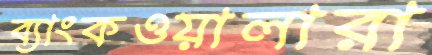
ব্যাংকওয়ালারা